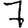
Digit: 7